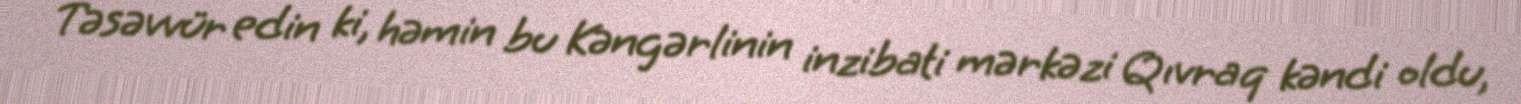
Təsəvvür edin ki, həmin bu Kəngərlinin inzibati mərkəzi Qıvraq kəndi oldu,